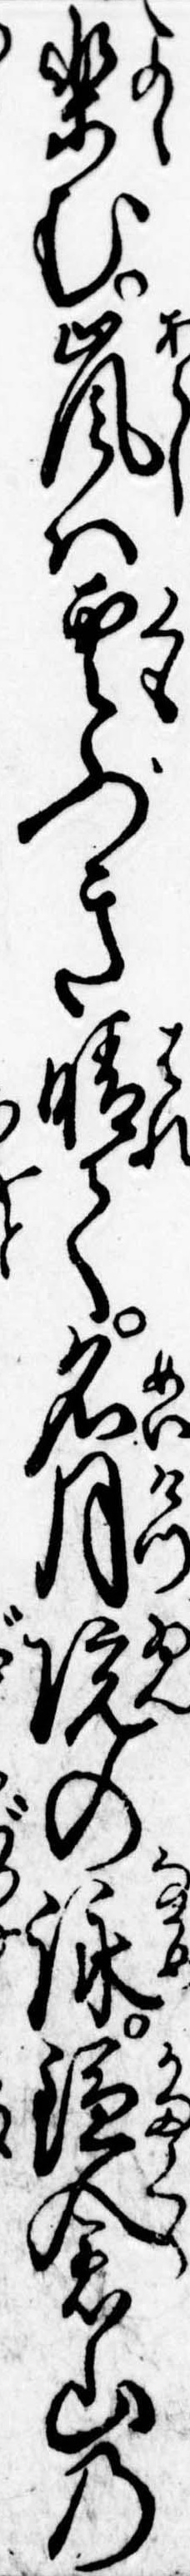
楽む嵐は雲ふき晴て名月院の詠鎌倉山の